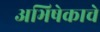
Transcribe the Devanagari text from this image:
अभिषेकाचे